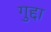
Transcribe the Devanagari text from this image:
गुद्दा